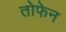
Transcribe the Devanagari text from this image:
तोफेन